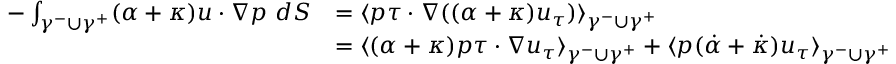
\begin{array} { r l } { - \int _ { \gamma ^ { - } \cup \gamma ^ { + } } ( \alpha + \kappa ) u \cdot \nabla p \ d S } & { = \langle p \tau \cdot \nabla ( ( \alpha + \kappa ) u _ { \tau } ) \rangle _ { \gamma ^ { - } \cup \gamma ^ { + } } } \\ & { = \langle ( \alpha + \kappa ) p \tau \cdot \nabla u _ { \tau } \rangle _ { \gamma ^ { - } \cup \gamma ^ { + } } + \langle p ( \dot { \alpha } + \dot { \kappa } ) u _ { \tau } \rangle _ { \gamma ^ { - } \cup \gamma ^ { + } } } \end{array}